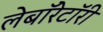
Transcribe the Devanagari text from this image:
लेबाॅरेटाॅरी